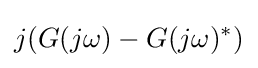
j(G(j\omega )-G(j\omega )^{\ast })